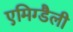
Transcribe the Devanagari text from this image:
एमिग्डैली